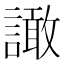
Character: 譀